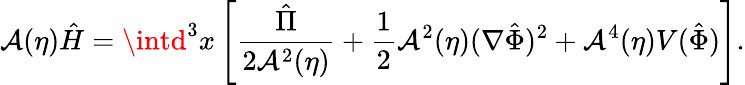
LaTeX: \mathcal{A}(\eta)\hat{{H}}=\intd^{3}x\left[\frac{{\hat{{\Pi}}}}{{2\mathcal{A}^{2}(\eta)}}+\frac{{1}}{{2}}\mathcal{A}^{2}(\eta)(\nabla\hat{{\Phi}})^{2}+\mathcal{A}^{4}(\eta)V(\hat{{\Phi}})\right].